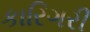
કારિગરી